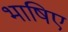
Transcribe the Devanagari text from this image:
भाषिए